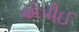
એપીઈ